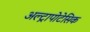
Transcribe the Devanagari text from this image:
अल्ट्रापोटेसिक